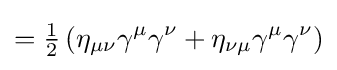
={\tfrac {1}{2}}\left(\eta _{\mu \nu }\gamma ^{\mu }\gamma ^{\nu }+\eta _{\nu \mu }\gamma ^{\mu }\gamma ^{\nu }\right)